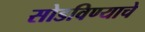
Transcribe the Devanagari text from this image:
सोडविण्याचे